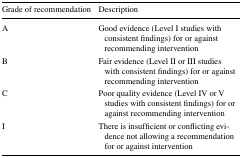
<table><thead><tr><td><b>Grade of recommendation</b></td><td><b>Description</b></td></tr></thead><tbody><tr><td>A</td><td>Good evidence (Level I studies with consistent findings) for or against recommending intervention</td></tr><tr><td>B</td><td>Fair evidence (Level II or III studies with consistent findings) for or against recommending intervention</td></tr><tr><td>C</td><td>Poor quality evidence (Level IV or V studies with consistent findings) for or against recommending intervention</td></tr><tr><td>I</td><td>There is insufficient or conflicting evidence not allowing a recommendation for or against intervention</td></tr></tbody></table>